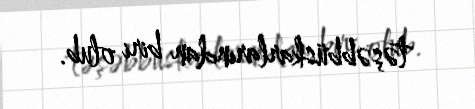
təşəbbüskarlarından biri olub.